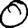
Digit: 0